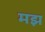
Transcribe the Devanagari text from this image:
मझ